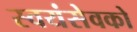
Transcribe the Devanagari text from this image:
स्‍वयंसेवको